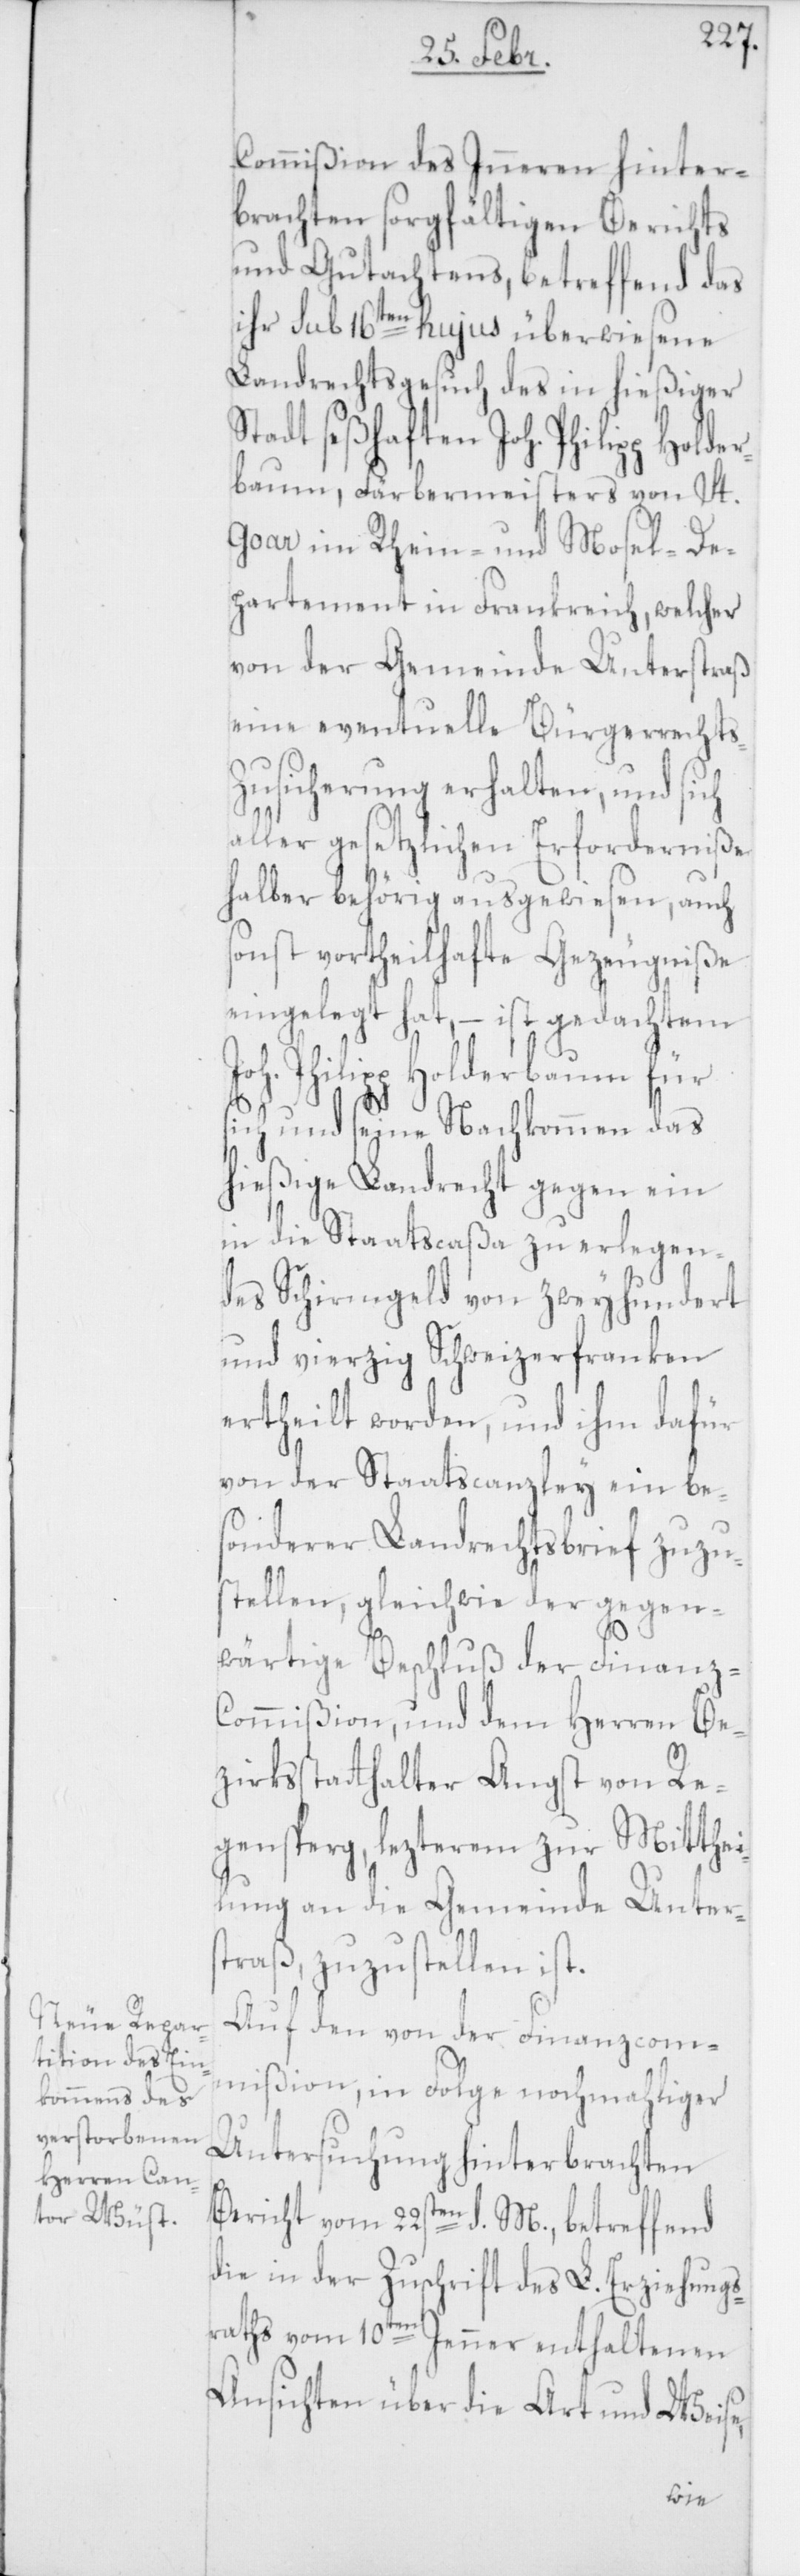
Commißion des Inneren hinter¬
brachten sorgfältigen Berichts
und Gutachtens, betreffend das
ihr sub 16ten hujus überwiesene
Landrechtsgesuch des in hießiger
seßhaften Joh. Philipp Holde¬
rbaum, Färbermeisters von St.
Goar im Rhein- und Mosel-De¬
partement in Frankreich, welcher
von der Gemeinde Unterstraß
eine eventuelle Bürgerrechts-Z¬
usicherung erhalten, und sich
aller gesetzlichen Erforderniße
halber behörig ausgewiesen, auch
sonst vortheilhafte Gezeugniße
eingelegt hat, – ist gedachtem
Joh. Philipp Holderbaum für
sich und seine Nachkommen das
hießige Landrecht gegen ein
in die Staatscaßa zu erlegen¬
des Schirmgeld von zweyhundert
und vierzig Schweitzerfranken
ertheilt worden, und ihm dafür
von der Staatscanzley ein be¬
sonderer Landrechtsbrief zuzu¬
stellen, gleichwie der gegen¬
wärtige Beschluß der Finanz-C¬
ommißion, und dem Herren Be¬
zirksstatthalter Angst von Re¬
gensperg, lezterem zur Mitthei¬
lung an die Gemeinde Unters¬
traß, zuzustellen ist.
Auf den von der Finanzcom¬
mißion, in Folge nochmahliger
Untersuchung hinterbrachten
Bericht vom 22sten d. M., betreffend
die in der Zuschrift des L. Erziehungs¬
raths vom 10ten Jenner enthaltenen
Ansichten über die Art und Weise,